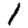
Digit: 1